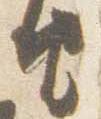
由